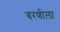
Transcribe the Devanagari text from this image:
बरणीला